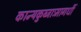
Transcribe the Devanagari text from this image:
कान्यकुब्जाःमागधीं